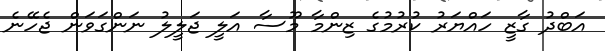
އަބްދު ގާޒީ ހައްޔަރު ކުރުމުގެ ޒިންމާ މޫސާ އަލީ ޖަލީލު ނަންގަވަން ޖެހޭނެ